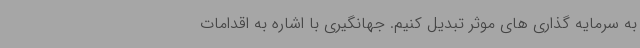
به سرمایه گذاری های موثر تبدیل کنیم. جهانگیری با اشاره به اقدامات